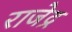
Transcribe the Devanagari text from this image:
राजेद्र